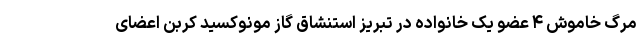
مرگ خاموش ۴ عضو یک خانواده در تبریز استنشاق گاز مونوکسید کربن اعضای